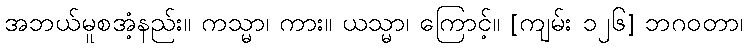
အဘယ်မူစအံ့နည်း။ ကသ္မာ၊ ကား။ ယသ္မာ၊ ကြောင့်။ [ကျမ်း ၁၂၆] ဘဂဝတာ၊